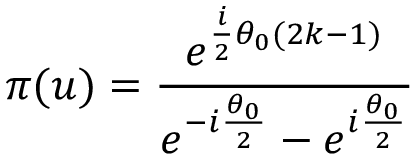
\pi ( u ) = \frac { e ^ { \frac { i } { 2 } \theta _ { 0 } ( 2 k - 1 ) } } { e ^ { - i \frac { \theta _ { 0 } } { 2 } } - e ^ { i \frac { \theta _ { 0 } } { 2 } } }